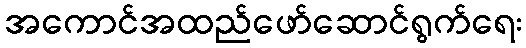
အကောင်အထည်ဖော်ဆောင်ရွက်ရေး